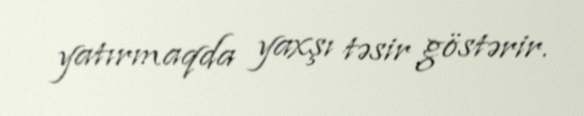
yatırmaqda yaxşı təsir göstərir.